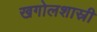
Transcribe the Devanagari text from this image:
खगोलशास्री